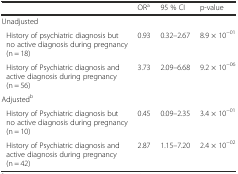
<table><thead><tr><td></td><td><b>OR<sup>a</sup></b></td><td><b>95 % CI</b></td><td><b>p-value</b></td></tr></thead><tbody><tr><td>Unadjusted</td><td></td><td></td><td></td></tr><tr><td>History of psychiatric diagnosis but no active diagnosis during pregnancy (n = 18)</td><td>0.93</td><td>0.32–2.67</td><td>8.9 × 10<sup>−01</sup></td></tr><tr><td>History of Psychiatric diagnosis and active diagnosis during pregnancy (n = 56)</td><td>3.73</td><td>2.09–6.68</td><td>9.2 × 10<sup>−06</sup></td></tr><tr><td>Adjusted<sup>b</sup></td><td></td><td></td><td></td></tr><tr><td>History of Psychiatric diagnosis but no active diagnosis during pregnancy (n = 10)</td><td>0.45</td><td>0.09–2.35</td><td>3.4 × 10<sup>−01</sup></td></tr><tr><td>History of Psychiatric diagnosis and active diagnosis during pregnancy (n = 42)</td><td>2.87</td><td>1.15–7.20</td><td>2.4 × 10<sup>−02</sup></td></tr></tbody></table>